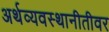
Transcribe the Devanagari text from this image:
अर्थव्यवस्थानीतीवर